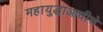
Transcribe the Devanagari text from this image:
महायुद्धाआधीचे